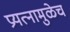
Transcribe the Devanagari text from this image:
प्रयत्नामुळेच